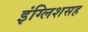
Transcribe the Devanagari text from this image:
इंग्लिशसह